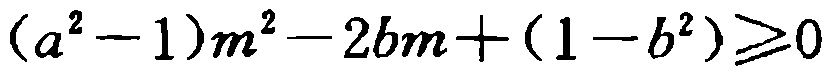
\((a^{2}-1)m^{2}-2bm+(1 - b^{2})\geq0\)